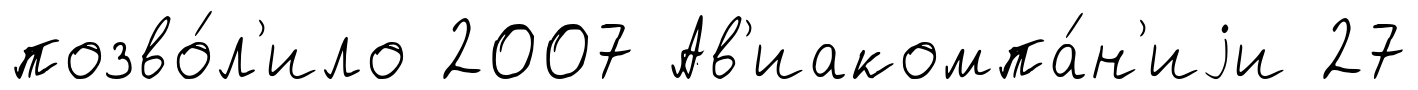
позво́л'ило 2007 Ав'иакомпа́н'иjи 27